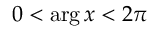
0 < \arg x < 2 \pi